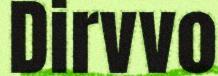
Dirvvo